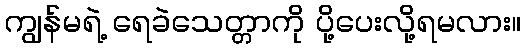
ကျွန်မရဲ့ ရေခဲသေတ္တာကို ပို့ပေးလို့ရမလား။